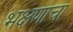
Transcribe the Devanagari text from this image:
भक्षणाचा